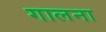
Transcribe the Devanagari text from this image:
गालना